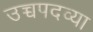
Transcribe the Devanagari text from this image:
उच्चपदव्या